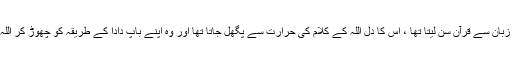
کیونکہ جو شخص ایک دفعہ آپﷺ کی زبان سے قرآن سن لیتا تھا ، اس کا دل اللہ کے کلام کی حرارت سے پگھل جاتا تھا اور وہ اپنے باپ دادا کے طریقہ کو چھوڑ کر اللہ والوں کے گروہ میں شامل ہو جاتا تھا۔